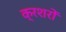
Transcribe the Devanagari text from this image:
क्रशरों